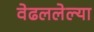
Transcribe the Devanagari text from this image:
वेढललेल्या